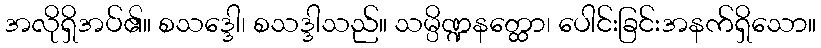
အလိုရှိအပ်၏။ စသဒ္ဒေါ၊ စသဒ္ဒါသည်။ သမ္ပိဏ္ဍနတ္ထော၊ ပေါင်းခြင်းအနက်ရှိသော။